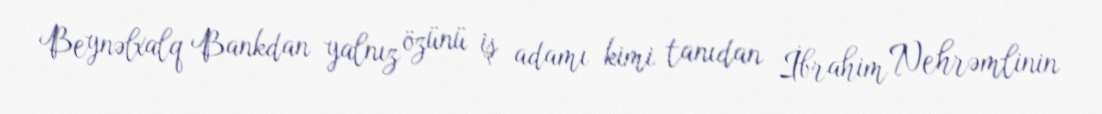
Beynəlxalq Bankdan yalnız özünü iş adamı kimi tanıdan İbrahim Nehrəmlinin